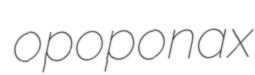
opoponax